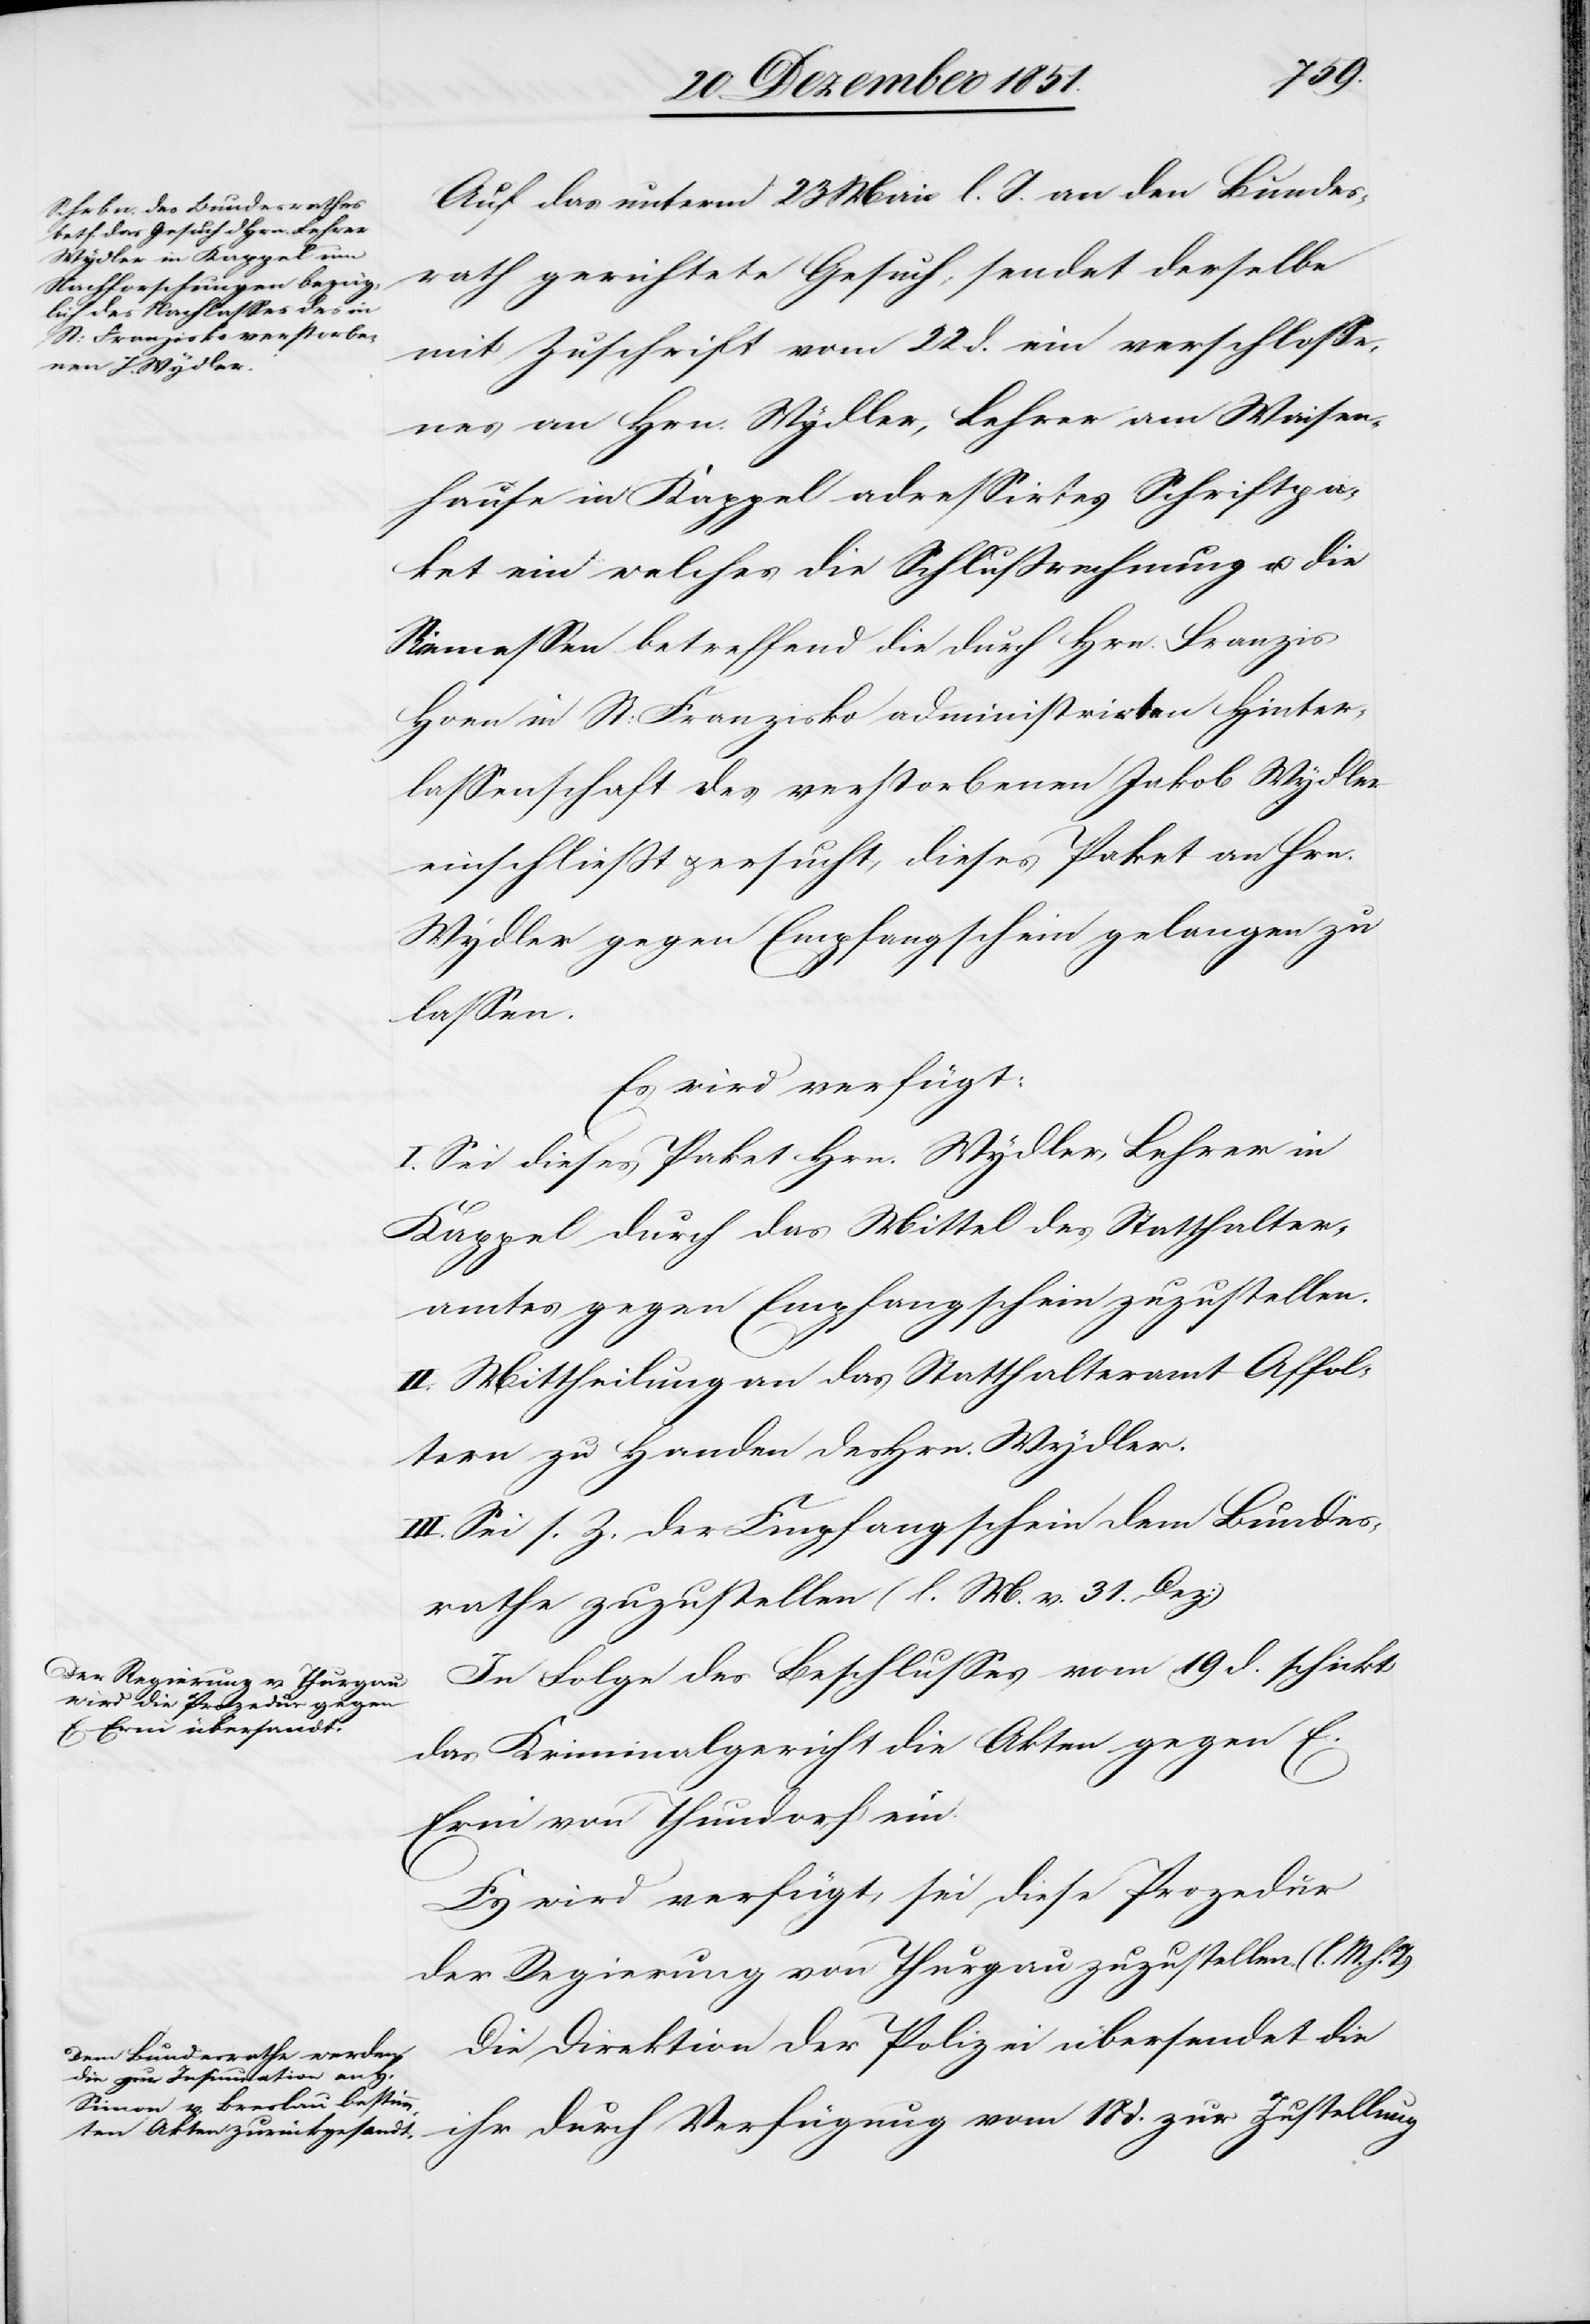
24 Dezember 1851.]
Auf das unterm 23 Mai l. J. an den Bundes¬
rath gerichtete Gesuch, sendet derselbe
mit Zuschrift vom 22 d. ein verschlosse¬
nes an Hrn. Wydler, Lehrer am Waisen¬
hause in Kappel adressirtes Schriftpa¬
ket ein welches die Schlußrechnung u. die
Riemessen [sic!] betreffend die durch Hrn. Franzis
Hoen in St: Franzisko administrirten Hinter¬
lassenschaft des verstorbenen Jakob Wydler
einschließt & ersucht, dieses Paket an Hrn.
Wydler gegen Empfangschein gelangen zu
lassen.
Es wird verfügt:
I. Sei dieses Paket Hrn. Wydler, Lehrer in
Kappel durch das Mittel des Statthalter¬
amtes gegen Empfangschein zuzustellen.
II. Mittheilung an das Statthalteramt Affol¬
tern zu Handen des Hrn. Wydler.
III. Sei s. Z. der Empfangschein dem Bundes¬
rathe zuzustellen (l. M. v. 31. Dez:)
In Folge des Beschlusses vom 19 d. schickt
das Kriminalgericht die Akten gegen E.
Erni von Thundorf ein.
Es wird verfügt, sei diese Prozedur
der Regierung von Thurgau zuzustellen. (l. M. h. T)
Die Direktion der Polizei übersendet die
ihr durch Verfügung vom 18 d. zur Zustellung